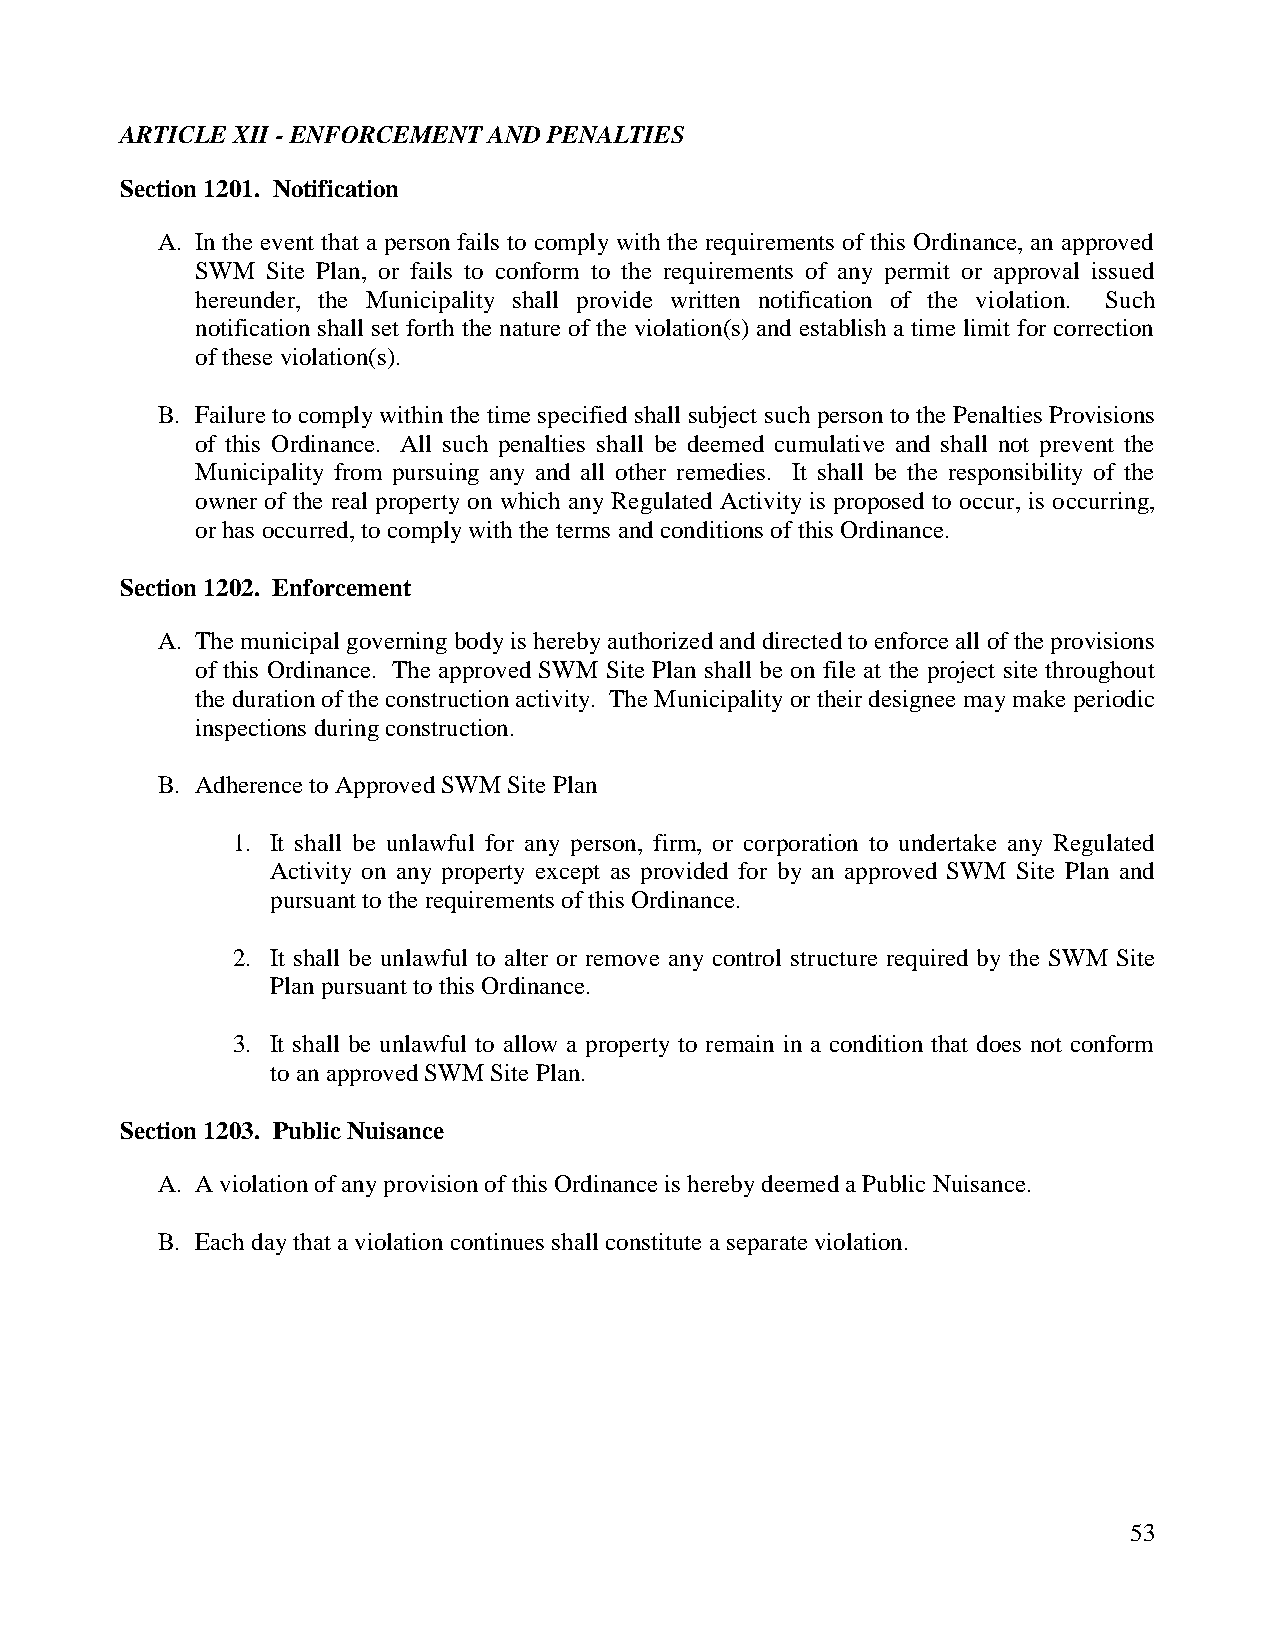
ARTICLE XII - ENFORCEMENT AND PENALTIES
 Section 1201. Notification
 A. In the event that a person fails to comply with the requirements of this Ordinance, an approved
 SWM  Site Plan, or fails to conform to the requirements of any permit or approval issued
 hereunder, the Municipality shall provide written notification of the violation. Such
 notification shall set forth the nature of the violation(s) and establish a time limit for correction
 of these violation(s).
 B. Failure to comply within the time specified shall subject such person to the Penalties Provisions
 of this Ordinance. All such penalties shall be deemed cumulative and shall not prevent the
 Municipality from pursuing any and all other remedies. It shall be the responsibility of the
 owner of the real property on which any Regulated Activity is proposed to occur, is occurring,
 or has occurred, to comply with the terms and conditions of this Ordinance.
 Section 1202. Enforcement
 A. The municipal governing body is hereby authorized and directed to enforce all of the provisions
 of this Ordinance. The approved SWM Site Plan shall be on file at the project site throughout
 the duration of the construction activity. The Municipality or their designee may make periodic
 inspections during construction.
 B. Adherence to Approved SWM Site Plan
 1. It shall be unlawful for any person, firm, or corporation to undertake any Regulated
 Activity on any property except as provided for by an approved SWM Site Plan and
 pursuant to the requirements of this Ordinance.
 2. It shall be unlawful to alter or remove any control structure required by the SWM Site
 Plan pursuant to this Ordinance.
 3. It shall be unlawful to allow a property to remain in a condition that does not conform
 to an approved SWM Site Plan.
 Section 1203. Public Nuisance
 A. A violation of any provision of this Ordinance is hereby deemed a Public Nuisance.
 B. Each day that a violation continues shall constitute a separate violation.
 53